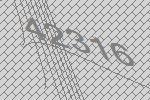
42316